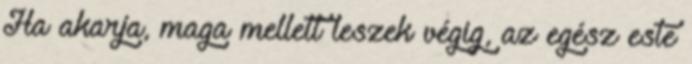
Ha akarja, maga mellett leszek végig, az egész este